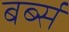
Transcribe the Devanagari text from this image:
बर्ब्स